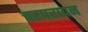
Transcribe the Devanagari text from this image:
चरपरापन